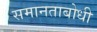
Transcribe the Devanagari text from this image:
समानताबोधी